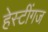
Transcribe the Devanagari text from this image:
हेस्टींगज